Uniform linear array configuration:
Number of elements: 32
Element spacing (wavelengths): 0.25
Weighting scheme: cosine
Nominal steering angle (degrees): -15
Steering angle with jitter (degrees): -13.823
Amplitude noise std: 0.05
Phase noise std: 0.05

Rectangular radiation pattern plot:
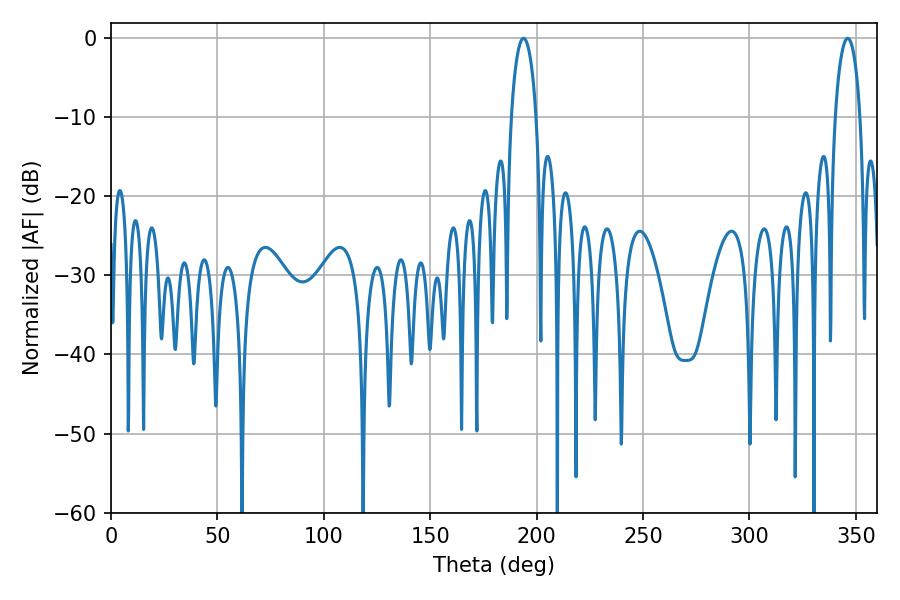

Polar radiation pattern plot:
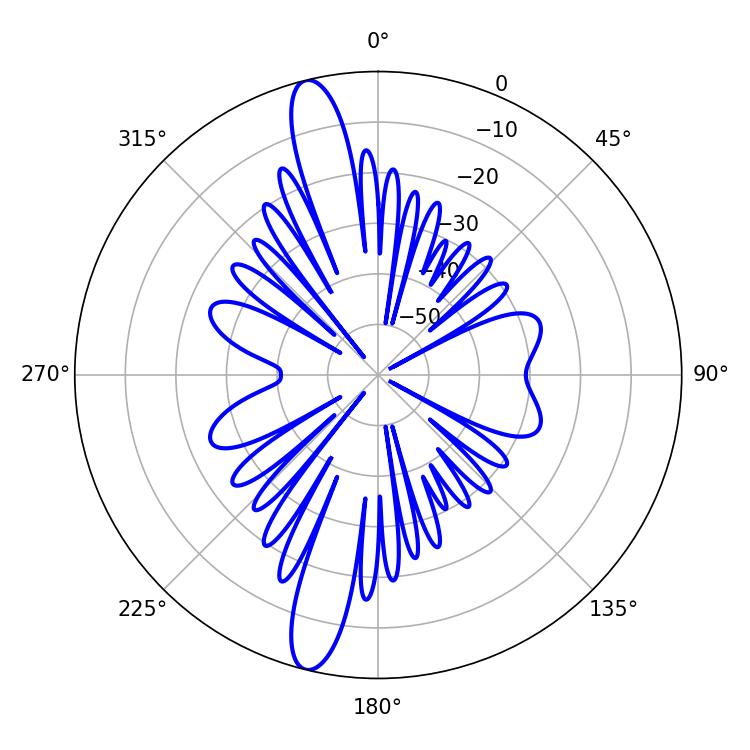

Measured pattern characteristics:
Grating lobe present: FALSE
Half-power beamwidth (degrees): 6.84
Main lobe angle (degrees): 193.86